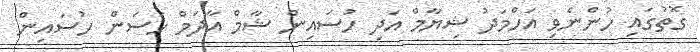
ގޮތުގައި ހުންނެވި އަހްމަދު ޝިޔާމް އަދި ހުސައިން ޝާމް އާދަމް ހަސަން ހުސައިން